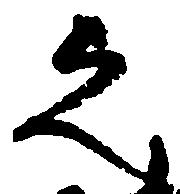
之